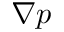
\nabla p